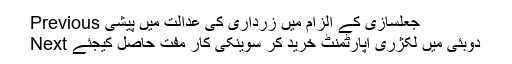
Previous جعلسازی کے الزام میں زرداری کی عدالت میں پیشی
Next دوبئی میں لکژری اپارٹمنٹ خرید کر سوینکی کار مفت حاصل کیجئے